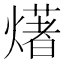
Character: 𤏸